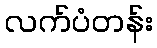
လက်ပံတန်း